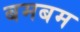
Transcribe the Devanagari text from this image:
बमबम